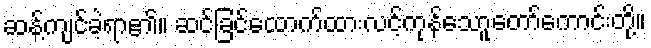
ဆန့်ကျင်ခဲ့ရာ၏။ ဆင်ခြင်ထောက်ထားလင့်ကုန်သောူတော်ကောင်းတို့။